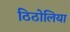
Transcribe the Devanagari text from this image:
ठिठोलिया